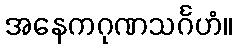
အနေကဂုဏသင်္ဂဟံ။